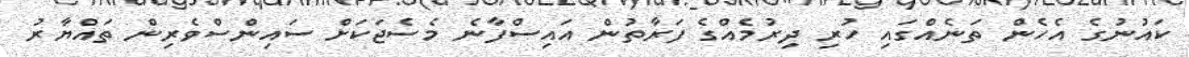
ކައުނުގެ އެހެން ތަނެއްގައި ހުރި ދިރުމެއްގެ ފަރާތުން އައިސްފާނެ މެސެޖަކަށް ސައިންސްވެރިން ތައްޔާރު